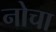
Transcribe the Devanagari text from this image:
नोचा